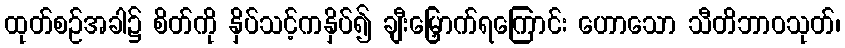
ထုတ်စဉ်အခါ၌ စိတ်ကို နှိပ်သင့်ကနှိပ်၍ ချီးမြှောက်ရကြောင်း ဟောသော သီတိဘာဝသုတ်၊